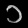
Digit: ၁